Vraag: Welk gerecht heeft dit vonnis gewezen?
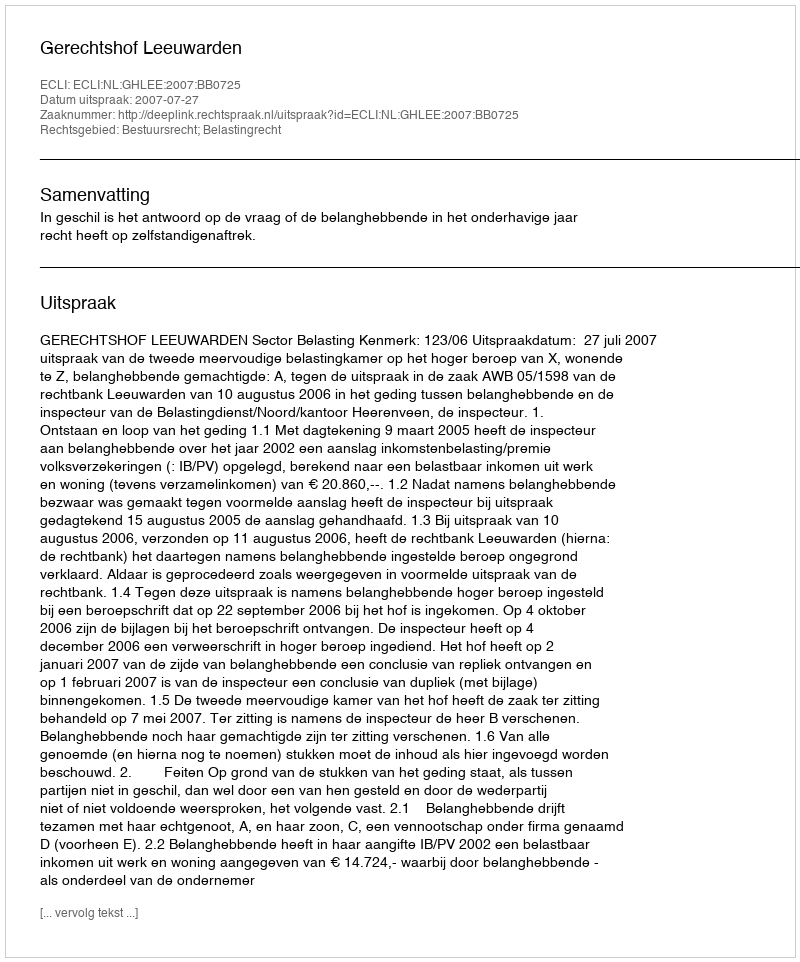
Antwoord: Gerechtshof Leeuwarden